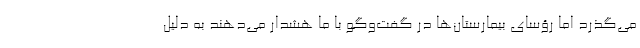
می‌گذرد اما رؤسای بیمارستان‌ها در گفت‌وگو با ما هشدار می‌دهند به دلیل